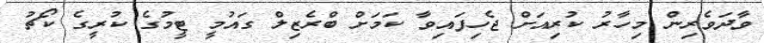
ވާދަވެރިން މިހާރު ކުރިއަށް ޖެހިފައިވާ ކަމަށް ބްރެޒިލް ގައުމީ ޓީމުގެ ކުރީގެ ކޯޗު